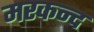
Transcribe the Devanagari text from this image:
मरकन्द